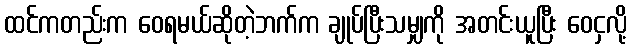
ထင်ကတည်းက ဝေရမယ်ဆိုတဲ့ဘက်က ချုပ်ပြီးသမျှကို အတင်းယူပြီး ဝေငှလို့